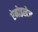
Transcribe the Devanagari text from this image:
ऐमोइलेज़